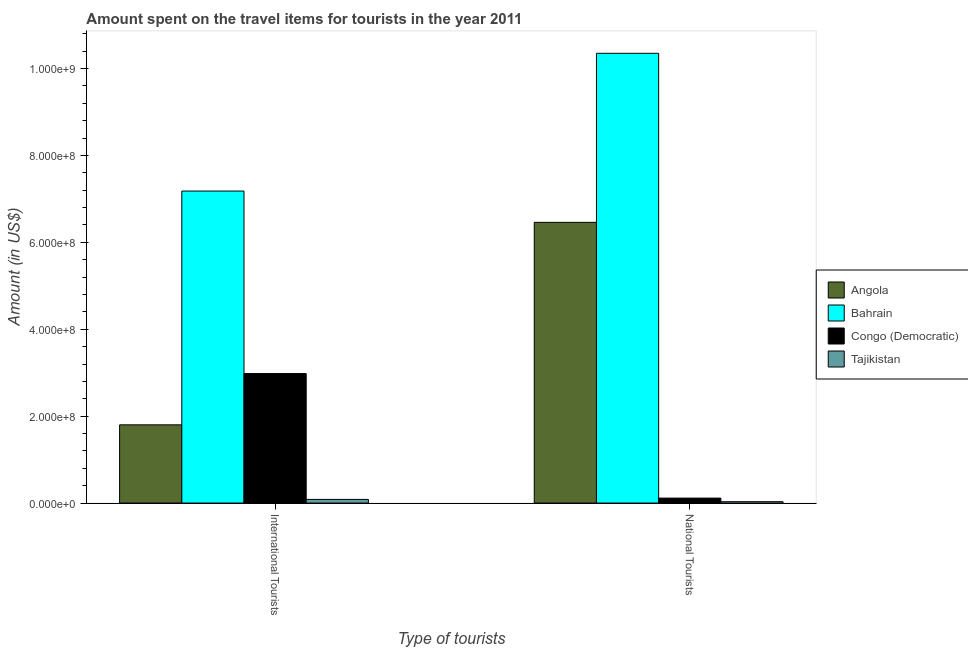
| Type of tourists | Angola | Bahrain | Congo (Democratic) | Tajikistan |
 | --- | --- | --- | --- | --- |
 | International Tourists | 1.8e+08 | 7.18e+08 | 2.98e+08 | 8.4e+06 |
 | National Tourists | 6.46e+08 | 1.04e+09 | 1.14e+07 | 3.1e+06 |